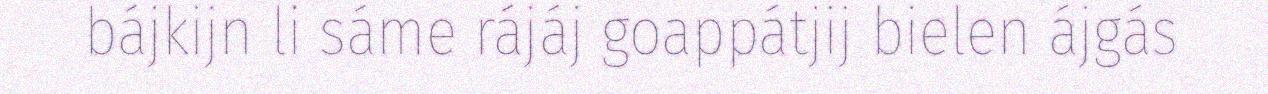
bájkijn li sáme rájáj goappátjij bielen ájgás